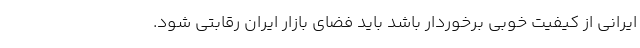
ایرانی از کیفیت خوبی برخوردار باشد باید فضای بازار ایران رقابتی شود.